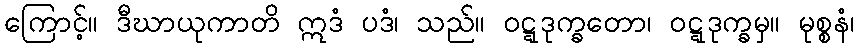
ကြောင့်။ ဒီဃာယုကာတိ ဣဒံ ပဒံ၊ သည်။ ဝဋ္ဋဒုက္ခတော၊ ဝဋ္ဋဒုက္ခမှ။ မုစ္စနံ၊